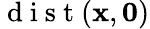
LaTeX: \mathrm{~d~i~s~t~}(\mathbf{x},\mathbf{0})